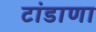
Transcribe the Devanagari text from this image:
टांडाणा